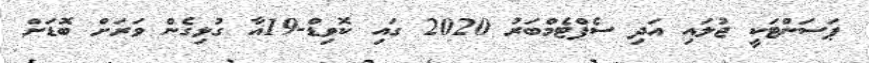
ޕަސަންޓަކީ ޖުލައި އަދި ސެޕްޓެމްބަރު 2020 ގައި ކޮވިޑް-19އާ ގުޅިގެން ވަރަށް ބޮޑަށް